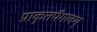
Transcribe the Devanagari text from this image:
प्राकृतपैंगलम्‌